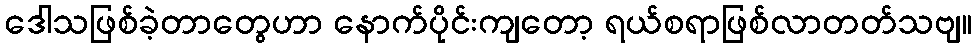
ဒေါသဖြစ်ခဲ့တာတွေဟာ နောက်ပိုင်းကျတော့ ရယ်စရာဖြစ်လာတတ်သဗျ။